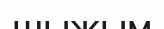
шыжым